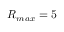
R _ { m a x } = 5